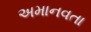
અમાનવતા